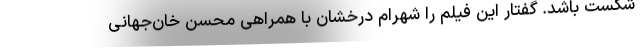
شکست باشد. گفتار این فیلم را شهرام درخشان با همراهی محسن خان‌جهانی